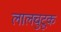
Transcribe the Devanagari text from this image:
लालचुटूक